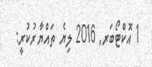
1 އޮކްޓޯބަރ